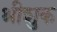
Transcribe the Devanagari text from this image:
श्रीशुक